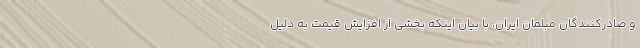
و صادرکنندگان مبلمان ایران، با بیان اینکه بخشی از افزایش قیمت به دلیل